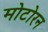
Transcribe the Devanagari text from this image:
मोटोरन